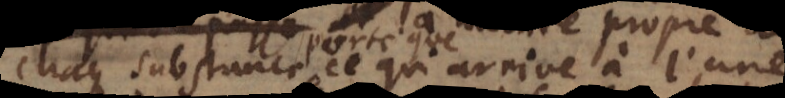
chaque substance ce qui arrive à l’une